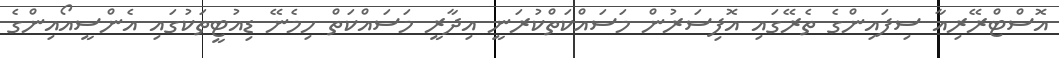
އޮސްޓްރޭރިއާ ސިފައިންގެ ތެރޭގައި އޮފިސަރުން މަސައްކަތްކުރަނީ އިދާރީ މަސައްކަތް ހިމެނޭ ޑިއުޓީތަކުގައި އެންސީއޯއިންގެ